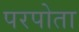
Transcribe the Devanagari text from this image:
परपोता